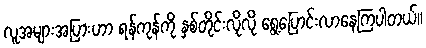
လူအများအပြားဟာ ရန်ကုန်ကို နှစ်တိုင်းလိုလို ရွေ့ပြောင်းလာနေကြပါတယ်။